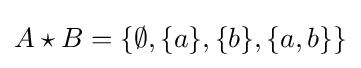
A\star B=\{\emptyset ,\{a\},\{b\},\{a,b\}\}